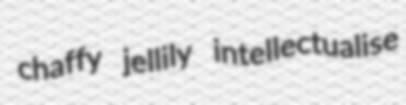
chaffy jellily intellectualise